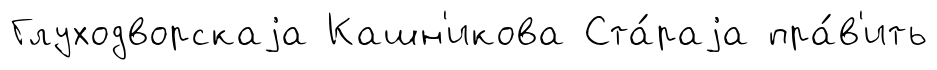
Глуходворскаjа Кашн'икова Ста́раjа пра́в'ить